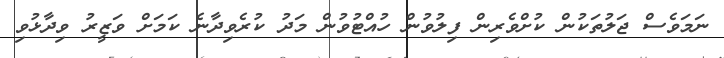
ނަމަވެސް ޖަލުތަކުން ކުށްވެރިން ފިލުވުން ހުއްޓުވުން މަދު ކުރެވިދާނެ ކަމަށް ވަޒީރު ވިދާޅުވި